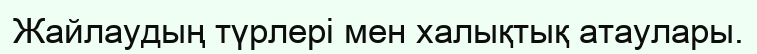
Жайлаудың түрлері мен халықтық атаулары.